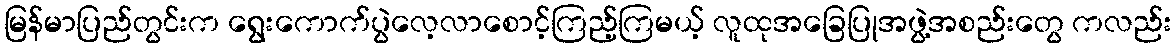
မြန်မာပြည်တွင်းက ရွေးကောက်ပွဲလေ့လာစောင့်ကြည့်ကြမယ့် လူထုအခြေပြုအဖွဲ့အစည်းတွေ ကလည်း